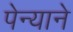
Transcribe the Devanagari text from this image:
पेन्याने